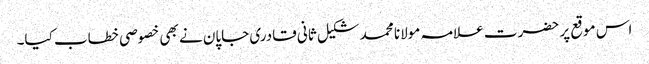
اس موقع پر حضرت علامہ مولانا محمد شکیل ثانی قادری جاپان نے بھی خصوصی خطاب کیا۔